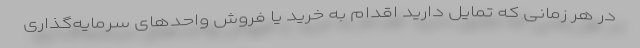
در هر زمانی که تمایل دارید اقدام به خرید یا فروش واحدهای سرمایه‌گذاری